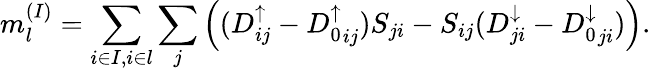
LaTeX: m_{l}^{(I)}=\sum_{i\in I,i\in l}\sum_{j}\left((D_{ij}^{\uparrow}-{D_{0}^{\uparrow}}_{ij})S_{ji}-S_{ij}(D_{ji}^{\downarrow}-{D_{0}^{\downarrow}}_{ji})\right).